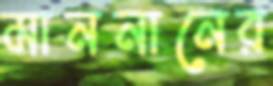
মাননানের